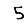
Digit: 5